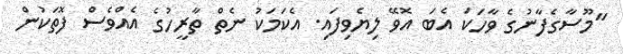
"މޫސާގެފާނުގެ ވާހަކަ އެބަ އޮވޭ ލިޔެވިފައި. އެކަމަކު ނެތް ތާރީހުގެ އެއްވެސް ފޮތަކުން